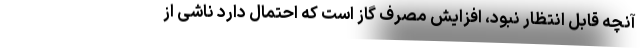
آنچه قابل انتظار نبود، افزایش مصرف گاز است که احتمال دارد ناشی از